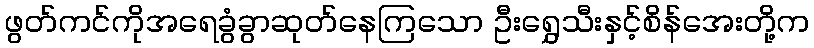
ဖွတ်ကင်ကိုအရေခွံခွာဆုတ်နေကြသော ဦးရွှေသီးနှင့်စိန်အေးတို့က